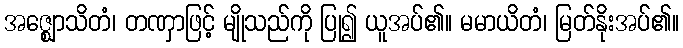
အဇ္ဈောသိတံ၊ တဏှာဖြင့် မျိုသည်ကို ပြု၍ ယူအပ်၏။ မမာယိတံ၊ မြတ်နိုးအပ်၏။